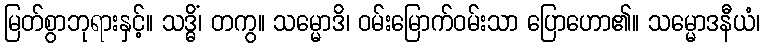
မြတ်စွာဘုရားနှင့်။ သဒ္ဓိံ၊ တကွ။ သမ္မောဒိ၊ ဝမ်းမြောက်ဝမ်းသာ ပြောဟော၏။ သမ္မောဒနီယံ၊